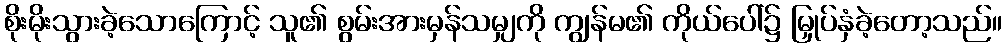
စိုးမိုးသွားခဲ့သောကြောင့် သူ၏ စွမ်းအားမှန်သမျှကို ကျွန်မ၏ ကိုယ်ပေါ်၌ မြှုပ်နှံခဲ့တော့သည်။